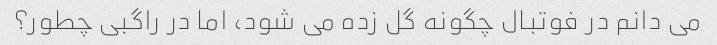
می دانم در فوتبال چگونه گل زده می شود، اما در راگبی چطور؟